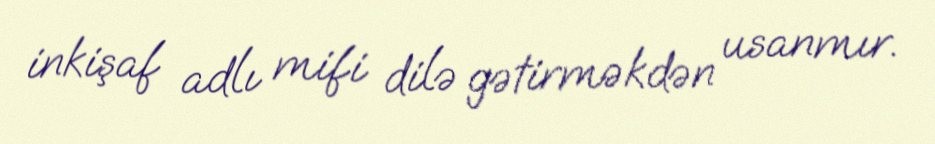
inkişaf adlı mifi dilə gətirməkdən usanmır.